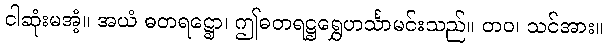
ငါဆုံးမအံ့။ အယံ ဓတရဋ္ဌော၊ ဤဓတရဋ္ဌရွှေဟင်္သာမင်းသည်။ တဝ၊ သင်အား။